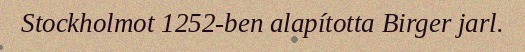
Stockholmot 1252-ben alapította Birger jarl.